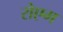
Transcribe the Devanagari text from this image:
रोएग